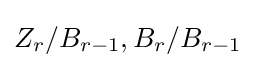
Z_{r}/B_{r-1},B_{r}/B_{r-1}